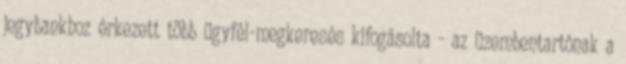
jegybankhoz érkezett több ügyfél-megkeresés kifogásolta - az üzembentartónak a